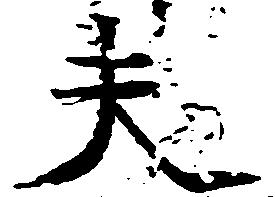
夫